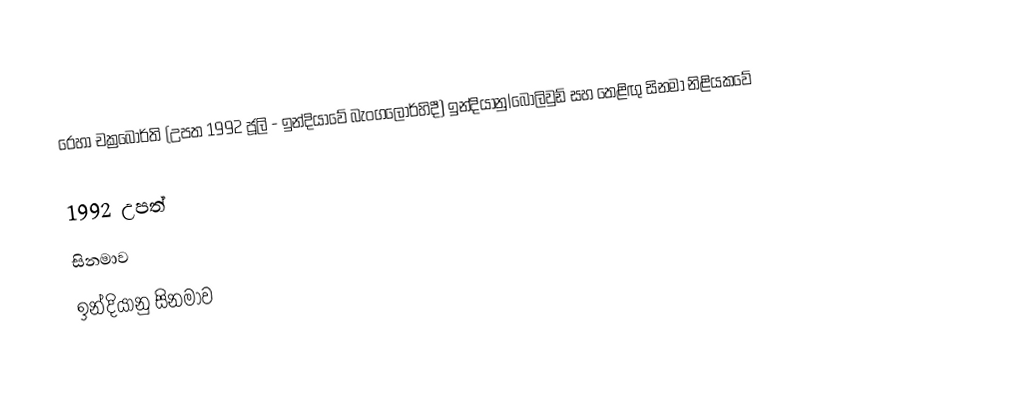
රෙහා චක්‍රබොර්ති (උපත 1992 ජූලි  - ඉන්දියාවේ බැංගලෝර්හිදී) ඉන්දියානු|බොලිවුඩ් සහ තෙළිඟු සිනමා නිළියකවේ

1992 උපත්
සිනමාව
ඉන්දියානු සිනමාව